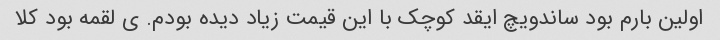
اولین بارم بود ساندویچ ایقد کوچک با این قیمت زیاد دیده بودم. ی لقمه بود کلا